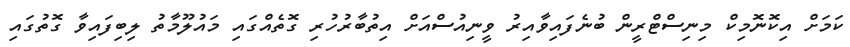
ކަމަށް އިކޮނޮމިކް މިނިސްޓްރީން ބުނެފައިވާއިރު ވީނިއުސްއަށް އިތުބާރުހުރި ގޮތެއްގައި މައުލޫމާތު ލިބިފައިވާ ގޮތުގައި